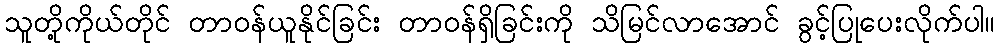
သူတို့ကိုယ်တိုင် တာဝန်ယူနိုင်ခြင်း တာဝန်ရှိခြင်းကို သိမြင်လာအောင် ခွင့်ပြုပေးလိုက်ပါ။